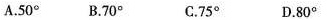
A.50° B.70° C.75° D.80°